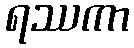
ရဿကာ